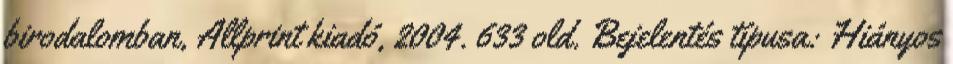
birodalomban, Allprint kiadó, 2004. 633 old. Bejelentés típusa: Hiányos